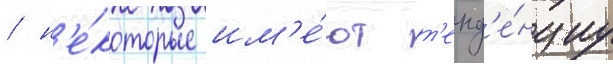
/ н'е́которые им'е́ют т'енд'е́нциу